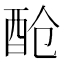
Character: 𮠞